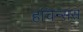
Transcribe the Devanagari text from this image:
हचिन्संस